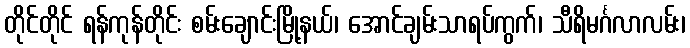
တိုင်တိုင် ရန်ကုန်တိုင်း စမ်းချောင်းမြို့နယ်၊ အောင်ချမ်းသာရပ်ကွက်၊ သီရိမင်္ဂလာလမ်း၊